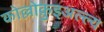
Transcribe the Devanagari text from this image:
कोल्लोक़ुइअल्ल्य